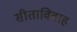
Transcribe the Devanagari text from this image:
सीताविवाह